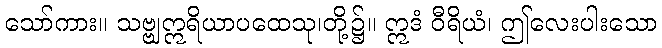
သော်ကား။ သဗ္ဗျဣရိယာပထေသု၊တို့၌။ ဣဒံ ဝီရိယံ၊ ဤလေးပါးသော